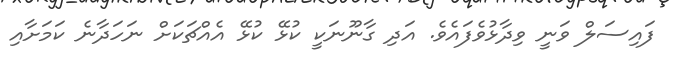
ފައިސަލް ވަނީ ވިދާޅުވެފައެވެ. އަދި ގާނޫނަކީ ކުޅޭ ކުޅޭ އެއްޗަކަށް ނަހަދާނެ ކަމަށާއި